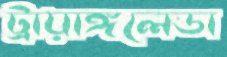
ট্রায়াঙ্গলেডা